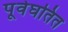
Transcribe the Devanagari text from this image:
पूर्वघतित